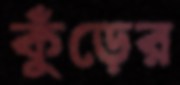
কুঁড়ের